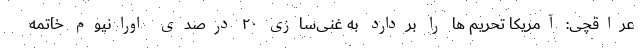
عراقچی: آمریکا تحریم ها را بردارد به غنی‌سازی ۲۰ درصدی اورانیوم خاتمه